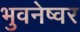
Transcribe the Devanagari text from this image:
भुवनेष्वर